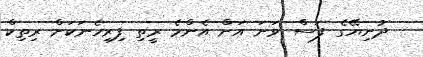
ދުނިޔޭގެ ފަސް ވަނަ އަށް އެންމެ ރީތި ފިރިހެނަކަށް ރިތިކް